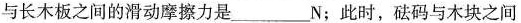
与长木板之间的滑动摩擦力是___N；此时，砝码与木块之间